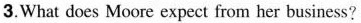
3.What does Moore expect from her business?